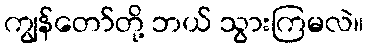
ကျွန်တော်တို့ ဘယ် သွားကြမလဲ။